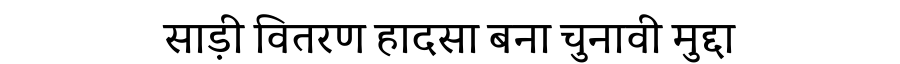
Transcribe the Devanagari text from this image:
साड़ी वितरण हादसा बना चुनावी मुद्दा